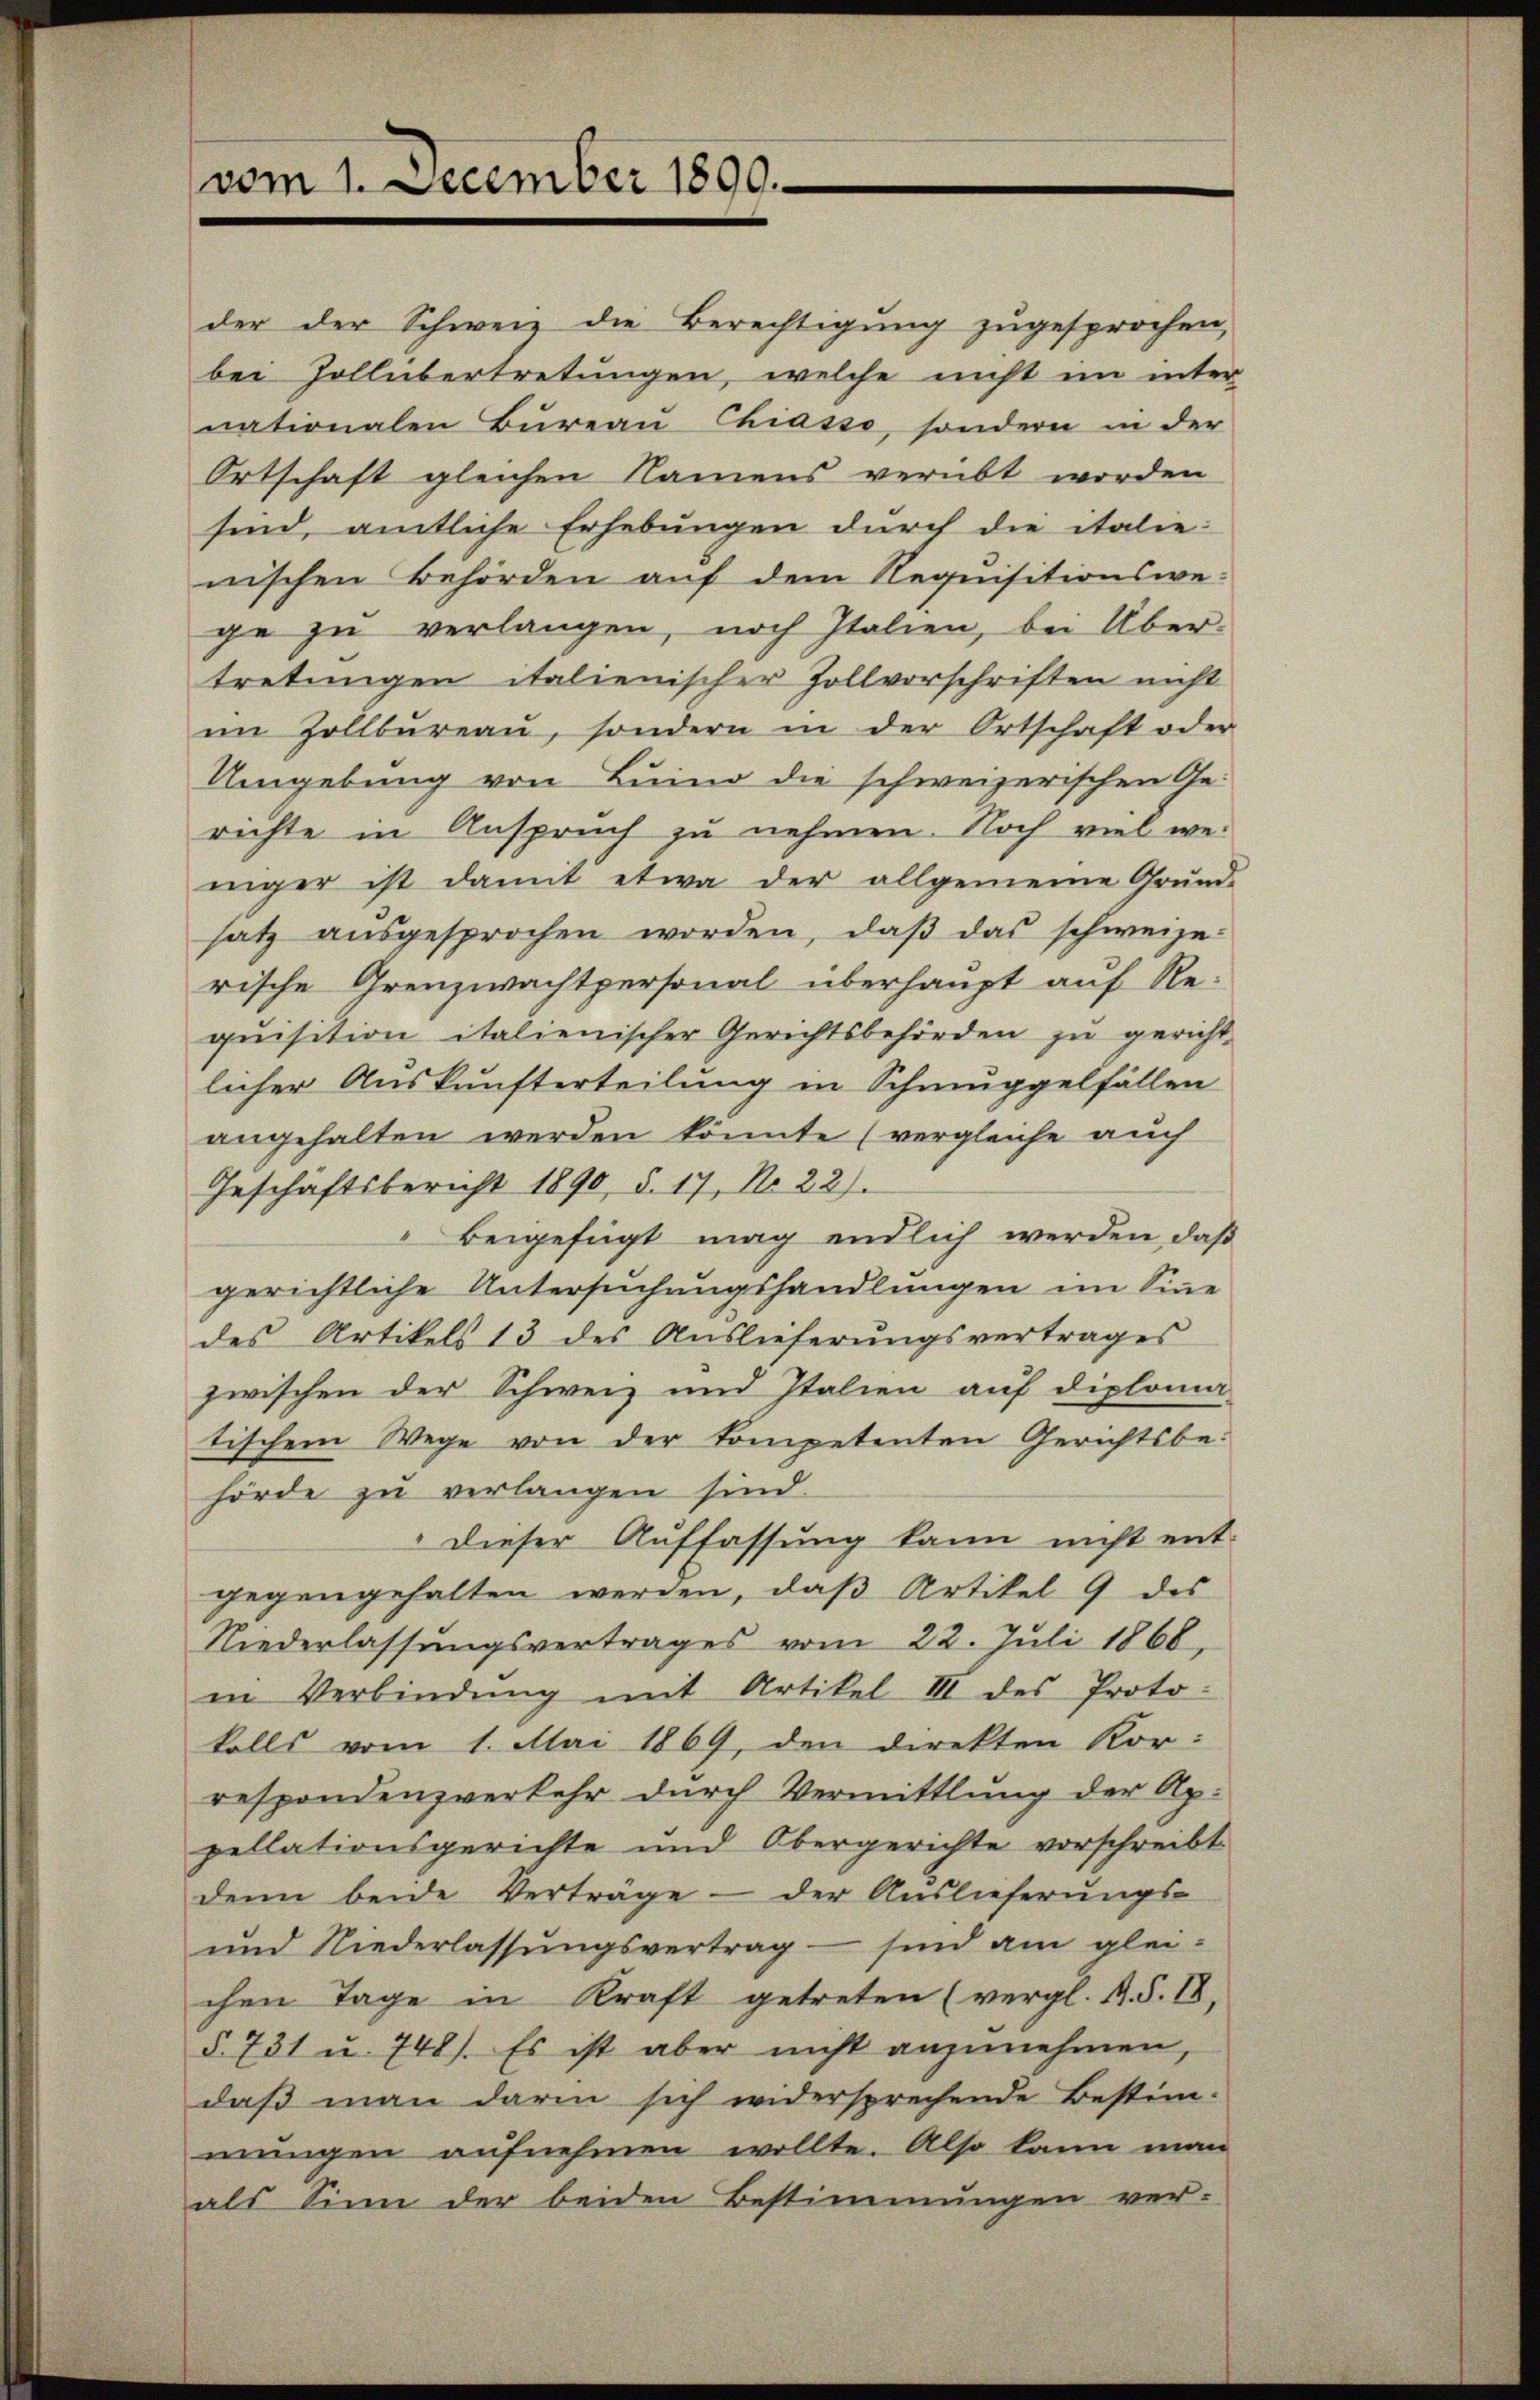
der der Schweiz die Berechtigung zugesprochen,
bei Zollübertretungen, welche nicht im inter
nationalen Bureau Chiasso, sondern in der
Ortschaft gleichen Namens verübt worden
sind, amtliche Erhebungen durch die italie-
nischen Behörden auf dem Requisitionswege zu verlangen, noch Italien, bei Über-
tretungen italienischer Zollvorschriften nicht
im Zollbüreaŭ, sondern in der Ortschaft oder
Umgebung von Luind die schweizerischen Ge-
richte in Anspruch zu nehmen. Noch viel weniger ist damit etwa der allgemeine Grund-
satz ausgesprochen worden, daβ das schweize-
rische Grenzwachtpersonal überhaupt auf Requisition italienischer Gerichtsbehörden zu gericht
licher Auskunfterteilung in Schmuggelfällen
angehalten werden könnte (vergleiche auch
Geschäftsbericht 1890, §. 17, No 22).
Beigefügt mag endlich werden, daß
gerichtliche Untersuchungshandlungen im Sine
des Artikels 13 des Auslieferungsvertrages
zwischen der Schweiz und Italien auf diploma
tischem Wege von der Kompetenten Gerichtsbehörde zu verlangen sind.
" dieser Auffassung kann nicht ent-
gegengehalten werden, daβ Artikel 9 des
Niederlassungsvertrages vom 22. Juli 1866,
in Verbindŭng mit Artikel III des Proto-
falls vom 1. Mai 1869, den direkten Kor-
respondenzverkehr durch Vermittlung der Ap.
pellationsgerichte und Obergerichte vorschreibt
denn beide Verträge - der Auslieferŭngs-
ŭnd Niederlassŭngsvertrag sind am glei-
chen Tage in Kraft getreten (vergl. A. S. II,
§. 731 u. 748). Es ist aber nicht anzŭnehmen,
daß man darin sich widersprechende Bestim-
mungen aufnehmen wollte. Also kann man
als Sinn der beiden Bestimmungen ver-

vom 1. December 1890.